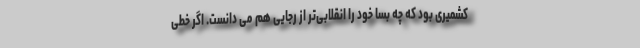
کشمیری بود که چه بسا خود را انقلابی‌تر از رجایی هم می دانست. اگر خطی